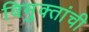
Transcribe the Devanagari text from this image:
विमुक्तांची